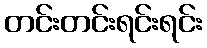
တင်းတင်းရင်းရင်း